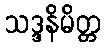
သဒ္ဒနိမိတ္တ